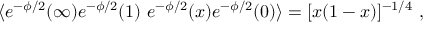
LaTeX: \langle e ^ { - \phi / 2 } ( \infty ) e ^ { - \phi / 2 } ( 1 ) \ e ^ { - \phi / 2 } ( x ) e ^ { - \phi / 2 } ( 0 ) \rangle = [ x ( 1 - x ) ] ^ { - 1 / 4 } \ ,